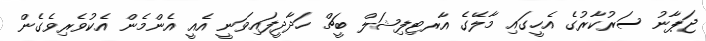
ޖަޕާނު ސަރުކާރުގެ އެހީގައި މާލޭގެ އާރޓިފިޝަލް ބީޗް ހަދާދީފައިވަނީ އެއީ އެންމެން އެކުވެރިވެގެން